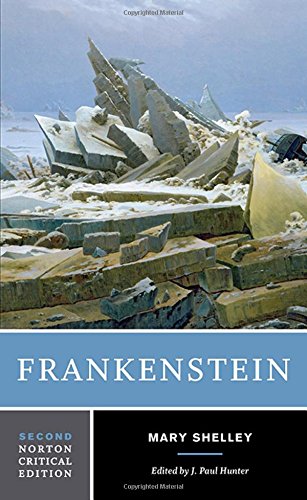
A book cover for Frankenstein (Second Edition)  (Norton Critical Editions); Mary Shelley; Literature & Fiction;